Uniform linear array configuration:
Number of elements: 8
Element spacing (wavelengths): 0.75
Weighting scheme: blackman
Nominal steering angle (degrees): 0
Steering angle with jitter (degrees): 0.506
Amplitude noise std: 0.05
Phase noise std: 0.05

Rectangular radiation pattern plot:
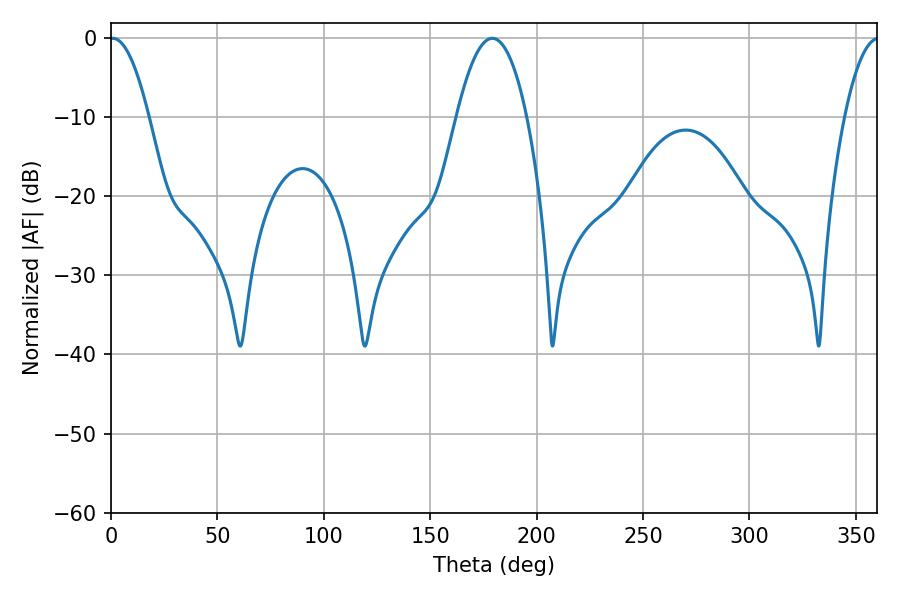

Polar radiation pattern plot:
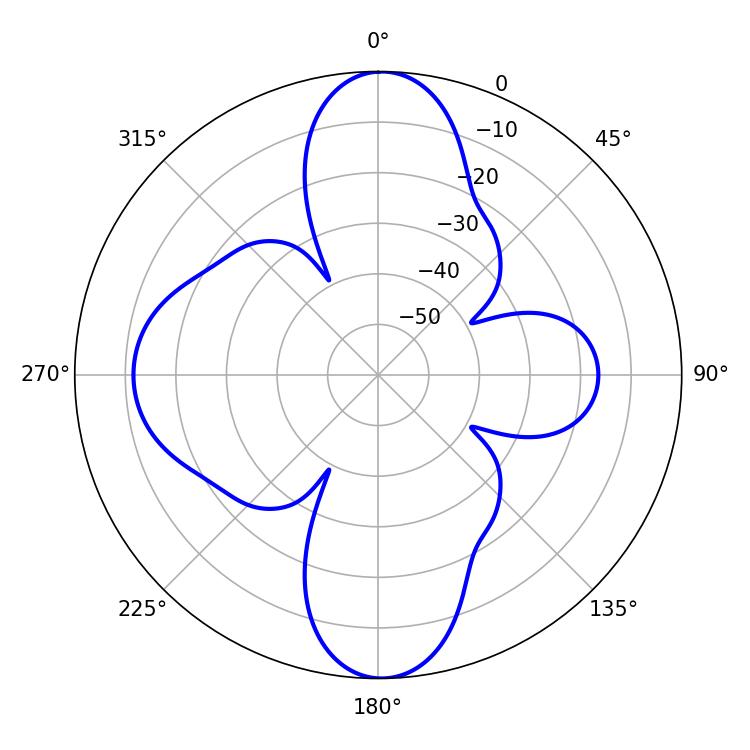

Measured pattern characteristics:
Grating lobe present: TRUE
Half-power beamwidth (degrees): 10.08
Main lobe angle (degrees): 0.9